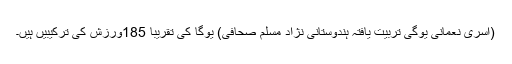
(اسریٰ نعمانی یوگی تربیت یافتہ ہندوستانی نژاد مسلم صحافی) یوگا کی تقریباً 185ورزش کی ترکیبیں ہیں۔